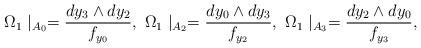
LaTeX: \begin{align*}\Omega_1\mid_{A_0}=\frac{dy_3\wedge dy_2}{f_{y_0}},~\Omega_1\mid_{A_2}=\frac{dy_0\wedge dy_3}{f_{y_2}},~\Omega_1\mid_{A_3}=\frac{dy_2\wedge dy_0}{f_{y_3}},\end{align*}